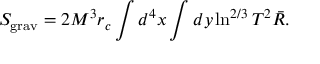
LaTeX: S _ { \mathrm { g r a v } } = 2 M ^ { 3 } r _ { c } \int d ^ { 4 } x \int d y \ln ^ { 2 / 3 } T ^ { 2 } \bar { R } .